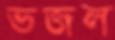
ভজল